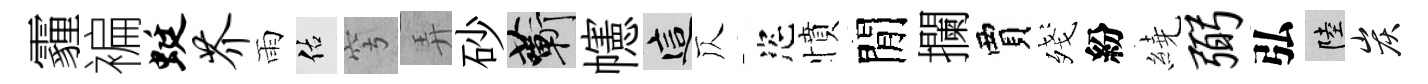
霾褊蜓芥雨佑穹弄砂蔪幰這仄恣憤閒攔賈殘紛繞弼弘陸炭